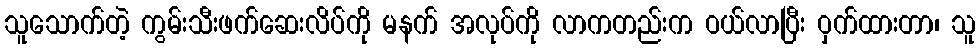
သူသောက်တဲ့ ကွမ်းသီးဖက်ဆေးလိပ်ကို မနက် အလုပ်ကို လာကတည်းက ဝယ်လာပြီး ဝှက်ထားတာ၊ သူ